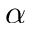
\alpha